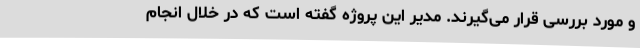
و مورد بررسی قرار می‌گیرند. مدیر این پروژه گفته است که در خلال انجام